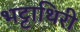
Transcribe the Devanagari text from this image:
भट्टाथिरी